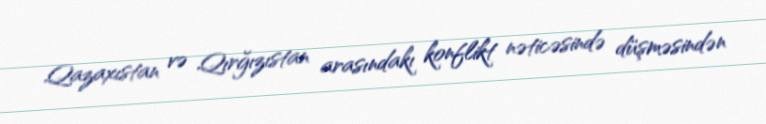
Qazaxıstan və Qırğızıstan arasındakı konflikt nəticəsində düşməsindən